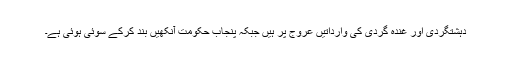
دہشتگردی اور غندہ گردی کی وارداتیں عروج پر ہیں جبکہ پنجاب حکومت آنکھیں بند کرکے سوئی ہوئی ہے۔